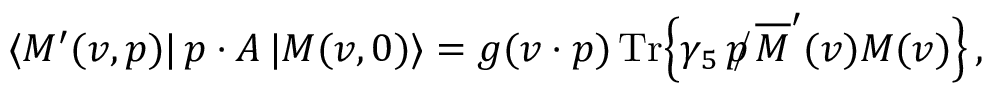
\langle M ^ { \prime } ( v , p ) | \, p \cdot A \, | M ( v , 0 ) \rangle = g ( v \cdot p ) \, \mathrm { T r } \Big \{ \gamma _ { 5 } \, \, \rlap / \! p \, \overline { { { \cal { M } } } } ^ { \prime } ( v ) { \cal { M } } ( v ) \Big \} \, ,